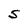
Character: S